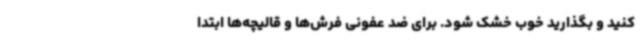
کنید و بگذارید خوب خشک شود. برای ضد عفونی فرش‌ها و قالیچه‌ها ابتدا